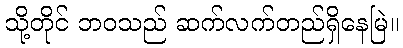
သို့တိုင် ဘဝသည် ဆက်လက်တည်ရှိနေမြဲ။